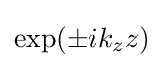
\exp(\pm ik_{z}z)